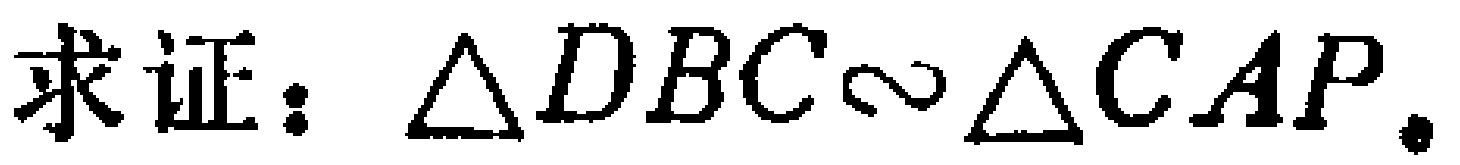
求证：$\triangle DBC\sim\triangle CAP$.